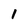
Character: I